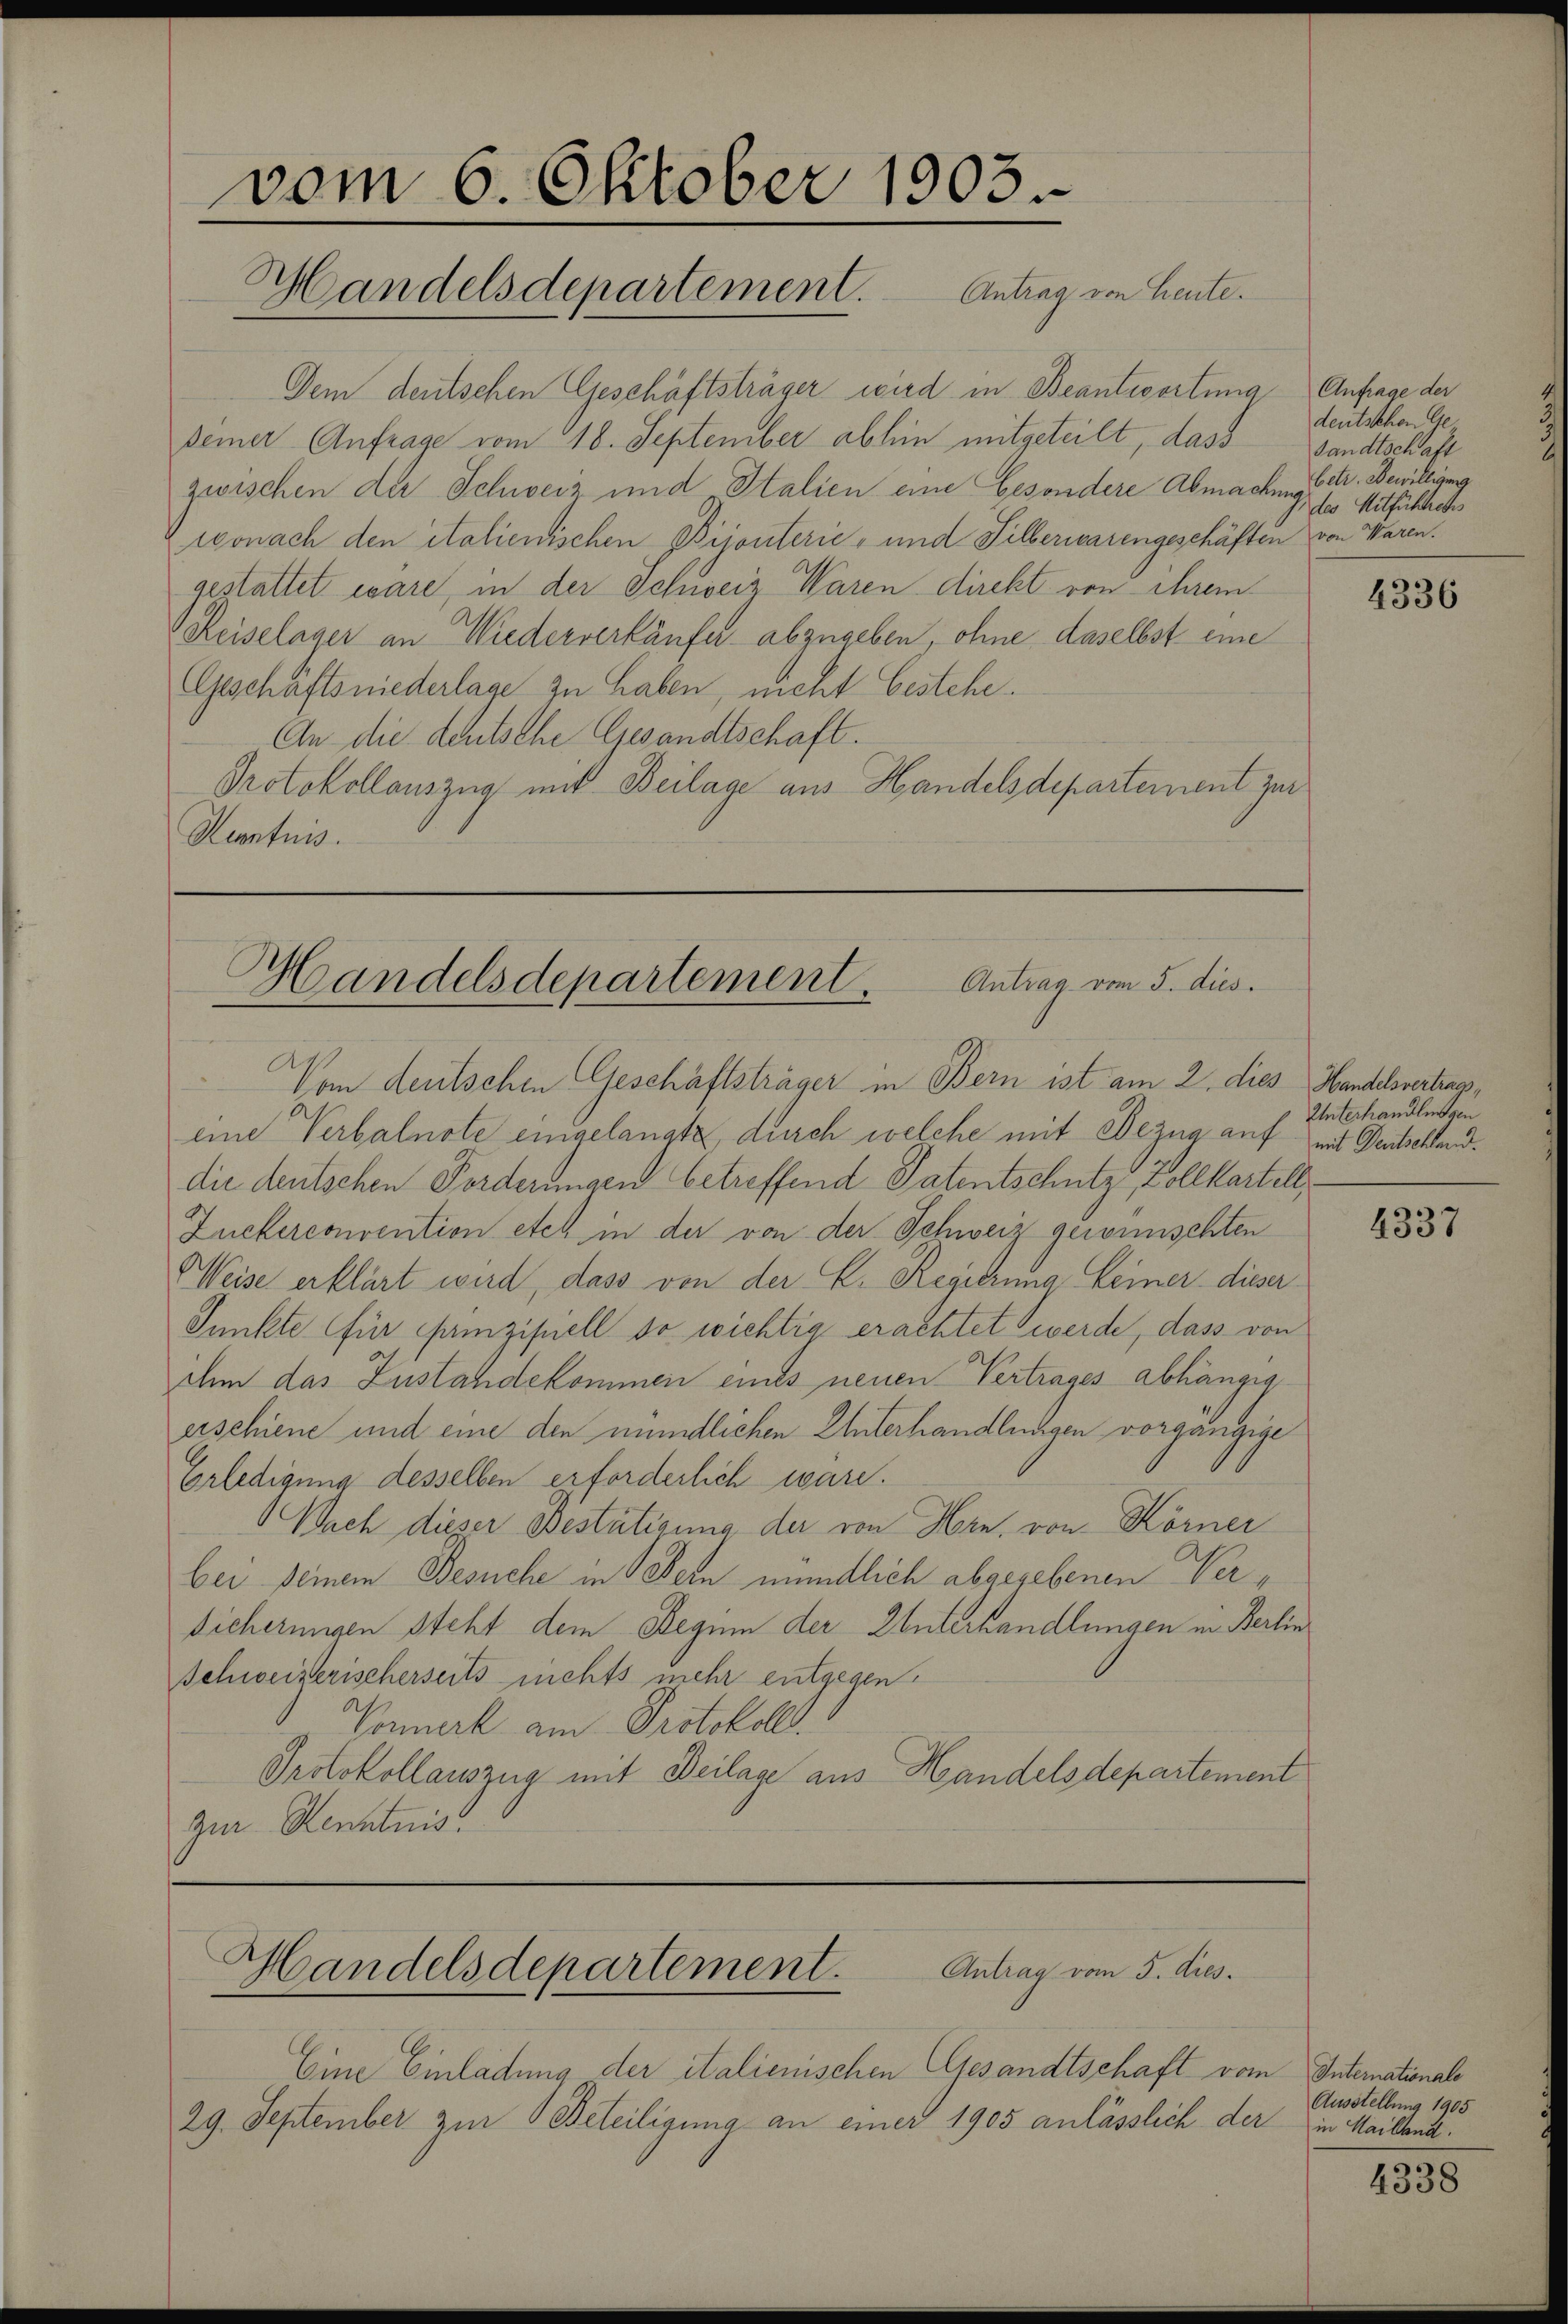
Dem deutschen Geschäftsträger wird in Beantwortung Anfrage der
seiner Anfrage vom 16. September abhin mitgeteilt, dass
zwischen der Schweiz und Italien eine Gesondere Abmachung, der Mitfühlets
wonach den italienischen Bijouterie- und Silberwarengeschäften von Waren.
gestattet wäre, in der Schweiz Waren direkt von ihrem
Reiselager an Wiederverkäufer abzugeben, ohne daselbst eine
Geschäftsniederlage zu haben, nicht bestehe.
An die deutsche Gesandtschaft.
Protokollauszug mit Beilage aus Handelsdepartement zur
Kentnis.

vom 6. Oktober 1903.
Handelsdepartement. Antrag von heute.

Vom deutschen Geschäftsträger in Bern ist am 2. dies Handelsvertrag,
eine Verbalnote eingelangt, durch welche mit Bezug auf mit Deutschlanddie deutschen Forderungen betreffend Patentschutz, Zollkartell
Zuckerconvention etch in der von der Schweiz gewünschten
Weise erklärt wird, dass von der K. Regierung keiner dieser¬
Punkte für einzipiell so wichtig erachtet werde, dass von
ihm das Zustandekommen ents neuen Vertrages abhängig
erschiene und eine den mündlichen Unterhandlungen vorgängige
Erledigung desselben erforderlich wäre.
Nach dieser Bestätigung der von Hrn. von Körner
bei seinem Besuche in Bern inmtlich abgegebenen Ver¬
Sicheringen steht dem Begum der Unterhandlungen in Berlin
Schweizerischerseits nichts mehr entgegen.
Vonnerl am Protokoll.
Protokollauszug mit Beilage aus Handelsdepartement
zur Kenntnis.

Handelsdepartement. Antrag vom 5. dies

Antrag vom 5. dies.
Handelsdepartement.

Eine Einladung der italienischen Gesandtschaft vom Internationale
29. September zur Beteiligung an einer 1905 anlässlich der in Mailand.

deutschen Ge
sandtschaft
betr. Bewilligung

4336

Unterhandlungen

4337

Ausstellung 1905

4338